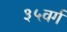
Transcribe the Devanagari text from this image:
३५वर्ग